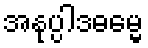
အနုပ္ပါဒဓမ္မေ